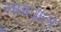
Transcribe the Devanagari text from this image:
नाइजल